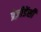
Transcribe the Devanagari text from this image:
प्रेज़ीडेंसी